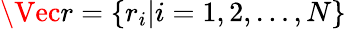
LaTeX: \Vec{r}=\{ r_{i}|i=1,2,\dots,N\}